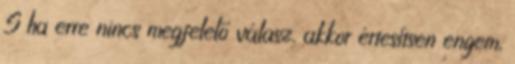
S ha erre nincs megfelelő válasz, akkor értesítsen engem,